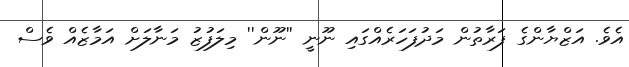
އެވެ. އަޒްޔާންގެ ފަރާތުން މަދުފަހަރެއްގައި ނޫނީ ''ނޫން'' މިލަފުޒު މަނާލަށް އަމާޒެއް ވެސް